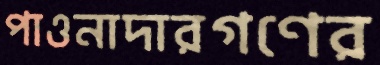
পাওনাদারগণের